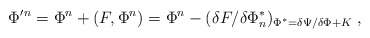
\begin{align*}\Phi'{}^n=\Phi{}^n+(F,\Phi^n)=\Phi{}^n-(\delta F/\delta\Phi^*_n)_{\Phi^*=\delta\Psi/\delta\Phi+K}\;,\end{align*}